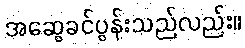
အဆွေခင်ပွန်းသည်လည်း။